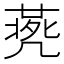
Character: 𠙨